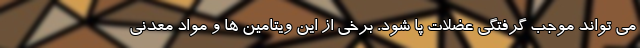
می تواند موجب گرفتگی عضلات پا شود. برخی از این ویتامین ها و مواد معدنی